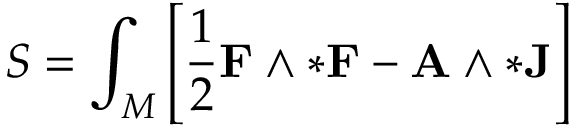
S = \int _ { M } \left[ { \frac { 1 } { 2 } } \mathbf { F } \wedge * \mathbf { F } - \mathbf { A } \wedge * \mathbf { J } \right]